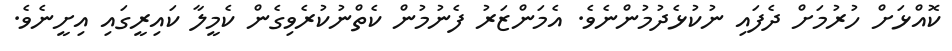
ކޮއްޅަށް ހުރުމަށް ދެފައި ނުކުޅެދުމުންނެވެ. އެމަންޒަރު ފެނުމުން ކެތްނުކުރެވިގެން ކެމީލާ ކައިރީގައި އިށީނެވެ.